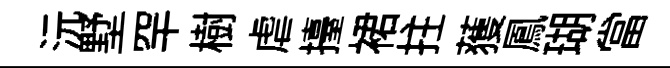
沅墅罕樹虐擡裙拄𫉬鳳瑚當